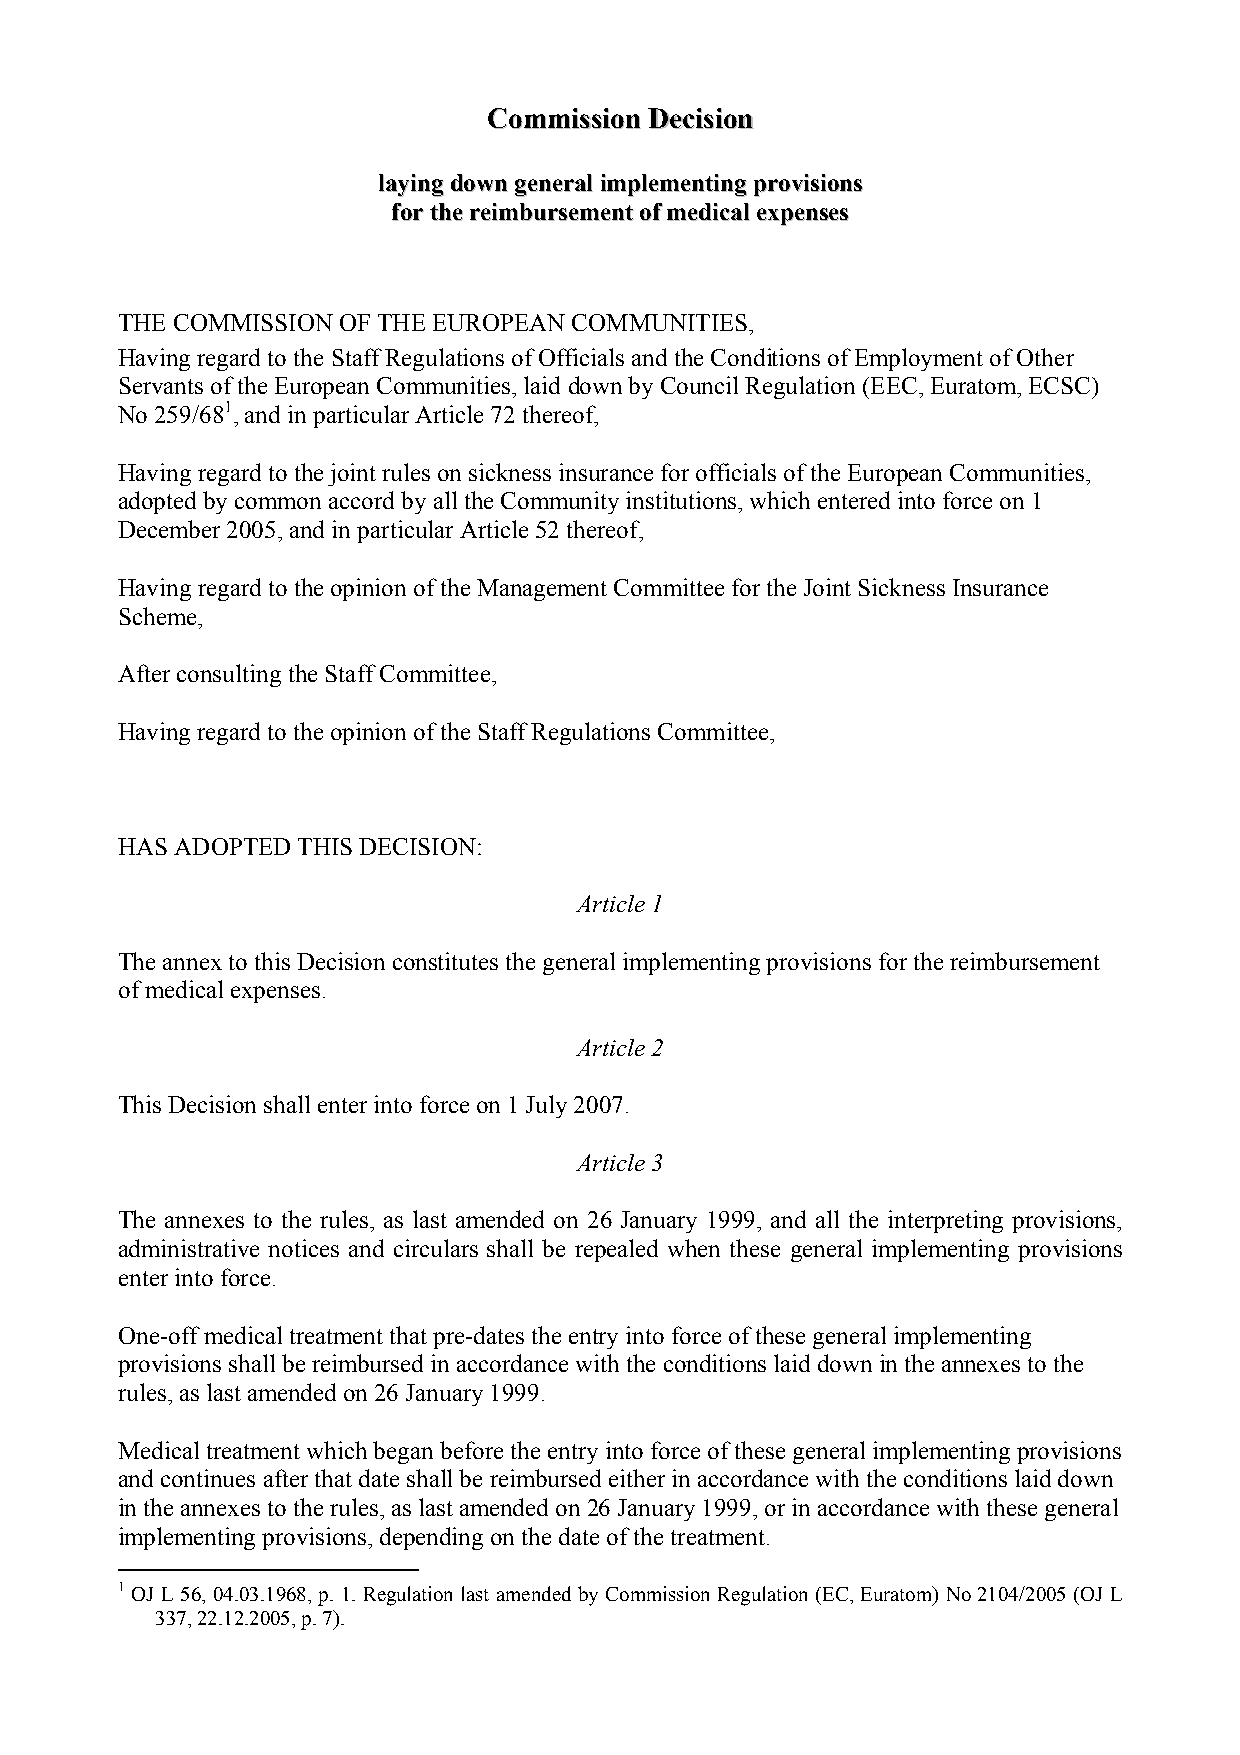
CCoommmmiissssiioonn DDeecciissiioonn
 llaayyiinngg ddoowwnn ggeenneerraall iimmpplleemmeennttiinngg pprroovviissiioonnss
 ffoorr tthhee rreeiimmbbuurrsseemmeenntt ooff mmeeddiiccaall eexxppeennsseess
 THE COMMISSION OF THE EUROPEAN COMMUNITIES,
 Having regard to the Staff Regulations of Officials and the Conditions of Employment of Other
 Servants of the European Communities, laid down by Council Regulation (EEC, Euratom, ECSC)
 No 259/681, and in particular Article 72 thereof,
 Having regard to the joint rules on sickness insurance for officials of the European Communities,
 adopted by common accord by all the Community institutions, which entered into force on 1
 December 2005, and in particular Article 52 thereof,
 Having regard to the opinion of the Management Committee for the Joint Sickness Insurance
 Scheme,
 After consulting the Staff Committee,
 Having regard to the opinion of the Staff Regulations Committee,
 HAS ADOPTED THIS DECISION:
 Article 1
 The annex to this Decision constitutes the general implementing provisions for the reimbursement
 of medical expenses.
 Article 2
 This Decision shall enter into force on 1 July 2007.
 Article 3
 The annexes to the rules, as last amended on 26 January 1999, and all the interpreting provisions,
 administrative notices and circulars shall be repealed when these general implementing provisions
 enter into force.
 One-off medical treatment that pre-dates the entry into force of these general implementing
 provisions shall be reimbursed in accordance with the conditions laid down in the annexes to the
 rules, as last amended on 26 January 1999.
 Medical treatment which began before the entry into force of these general implementing provisions
 and continues after that date shall be reimbursed either in accordance with the conditions laid down
 in the annexes to the rules, as last amended on 26 January 1999, or in accordance with these general
 implementing provisions, depending on the date of the treatment.
 1 OJ L 56, 04.03.1968, p. 1. Regulation last amended by Commission Regulation (EC, Euratom) No 2104/2005 (OJ L
 337, 22.12.2005, p. 7).